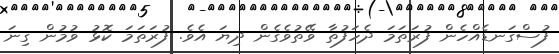
ފުސްގަނޑެއްހެން ފުރަތަމަ ދެހަފުތާ ވޭތުވެގެން ދިޔަ އެވެ. ފުރަތަމަ ކޮޅު ވުމުން ގިނަ